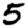
Digit: 5